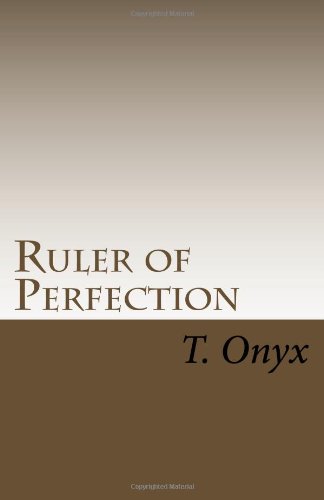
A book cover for Ruler of Perfection; T. Onyx; Romance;